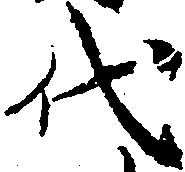
代